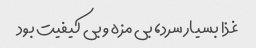
غذا بسیار سرد، بی مزه و بی کیفیت بود